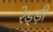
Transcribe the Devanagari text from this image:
रेड्ड़ी